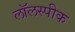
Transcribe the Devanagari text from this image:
लॉलस्पीक